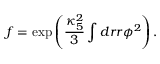
f = \exp \left( \frac { \kappa _ { 5 } ^ { 2 } } { 3 } \int d r r \phi ^ { 2 } \right) .